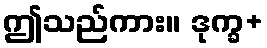
ဤသည်ကား။ ဒုက္ခ+